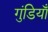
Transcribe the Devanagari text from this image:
गुंडियाँ